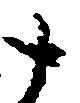
十